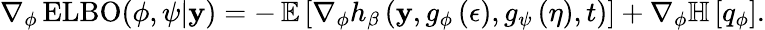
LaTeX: \nabla_{\phi}\operatorname{ELBO}(\phi,\psi\vert\mathbf{y})=-\operatorname{\mathbb{{E}}}\left[\nabla_{\phi}h_{\beta}\left(\mathbf{y},g_{\phi}\left(\epsilon\right),g_{\psi}\left(\eta\right),t\right)\right]+\nabla_{\phi}\mathbb{{H}}\left[q_{\phi}\right].